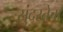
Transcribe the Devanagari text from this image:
सुंदरतेचा